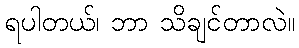
ရပါတယ်၊ ဘာ သိချင်တာလဲ။